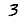
Digit: 3